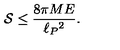
{ \cal S } \leq { \frac { 8 \pi M E } { \ell _ { P } { } ^ { 2 } } } .